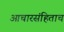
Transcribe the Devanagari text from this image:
आचारसंहिताच